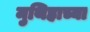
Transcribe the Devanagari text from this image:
मुथिहाच्या